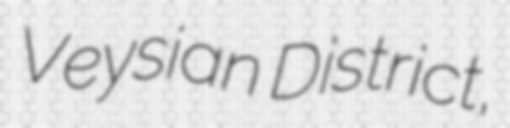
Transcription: Veysian District,